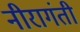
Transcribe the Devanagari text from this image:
नीरागंती